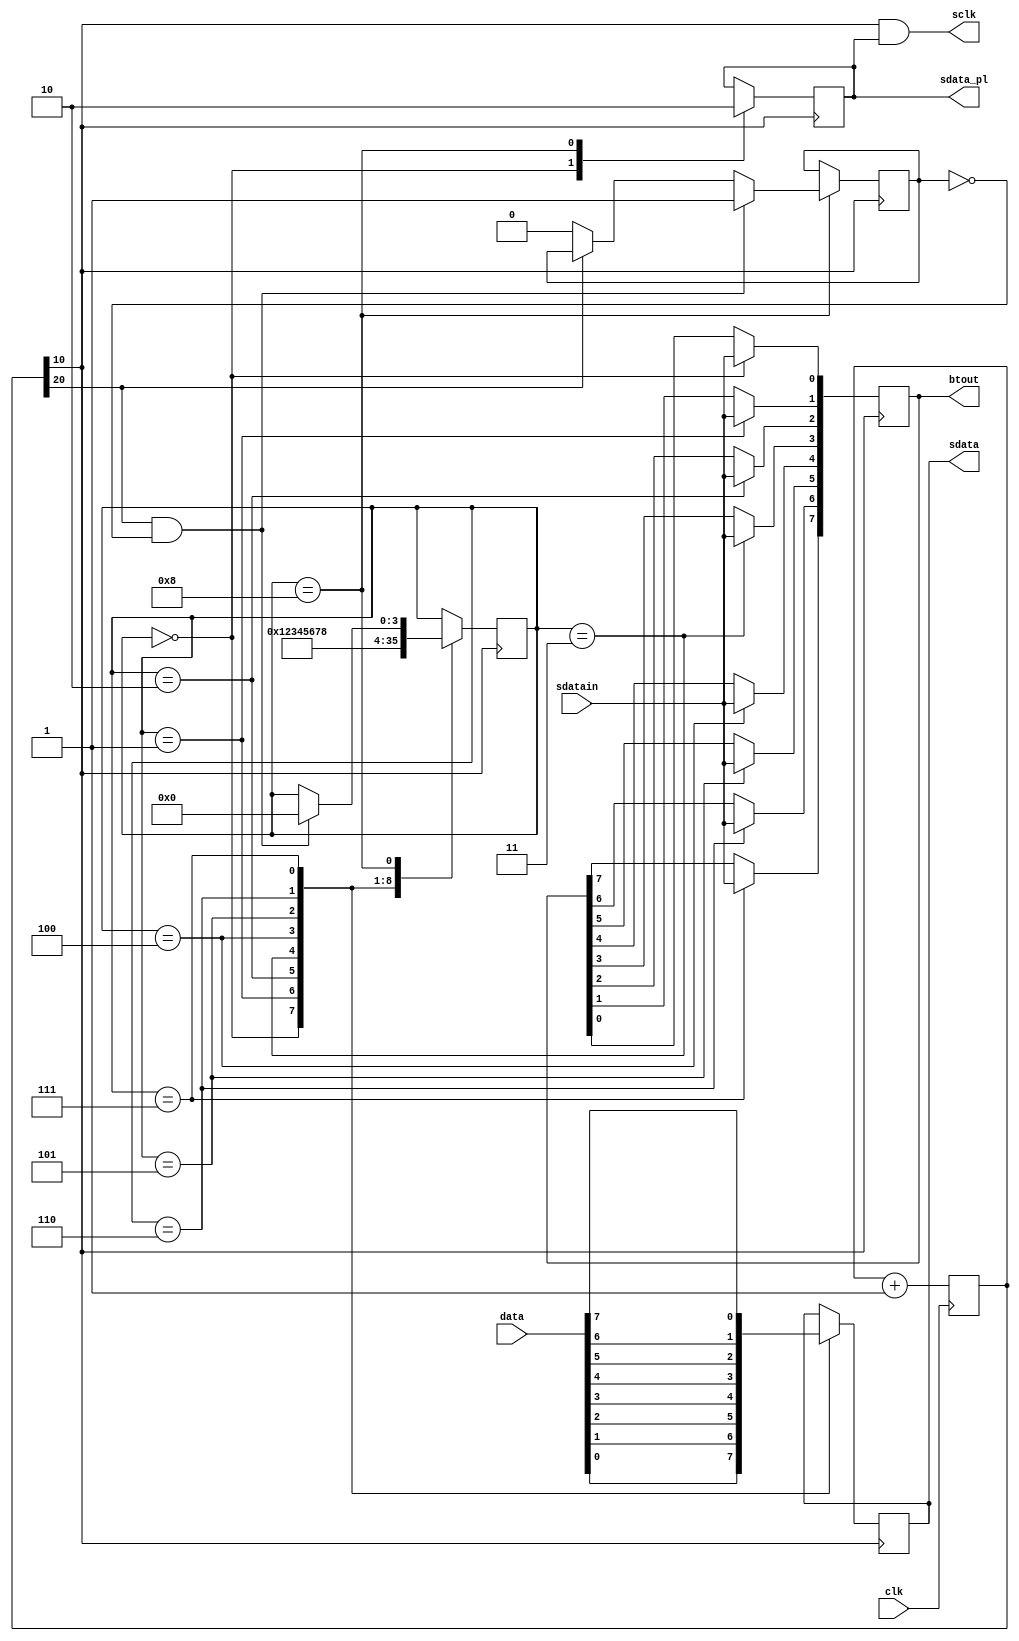
module serialout (
    input wire clk,
    input wire [7:0] data,
    output wire sclk,
    output reg sdata,

	input wire sdatain,
	output wire sdata_pl,
	output reg [7:0] btout
);

reg[22:0] clk_cnt = 0;
always @(posedge clk) begin
    clk_cnt <= clk_cnt+1;
end

reg [3:0] ser_bit = 4'b0;

wire ref_clk = clk_cnt[20];
wire ser_clk = clk_cnt[10];

reg tx = 0, rt = 0;

assign sclk = ser_clk & tx;
assign sdata_pl = tx;

initial btout <= 8'b0;

always @(negedge ser_clk) begin
    case (ser_bit) 
		0: begin
			sdata <= data[0];
			ser_bit <= 1;
			tx <= 1;
			btout[0] <= sdatain;
		end
		1: begin
			sdata <= data[1];
			ser_bit <= 2;
			btout[1] <= sdatain;
		end
		2: begin
			sdata <= data[2];
			ser_bit <= 3;
			btout[2] <= sdatain;
		end
		3: begin
			sdata <= data[3];
			ser_bit <= 4;
			btout[3] <= sdatain;
		end
		4: begin
			sdata <= data[4];
			ser_bit <= 5;
			btout[4] <= sdatain;
		end
		5: begin
			sdata <= data[5];
			ser_bit <= 6;
			btout[5] <= sdatain;
		end
		6: begin
			sdata <= data[6];
			ser_bit <= 7;
			btout[6] <= sdatain;
		end
		7: begin
			sdata <= data[7];
			ser_bit <= 8;
			btout[7] <= sdatain;
		end
		8: begin
			tx <= 0;
			if (ref_clk && ~rt) begin
				ser_bit <= 0;
				rt <= 1;
			end else if (~ref_clk) begin
				rt <= 0;
			end
		end
	endcase
    
end

endmodule